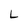
Character: L